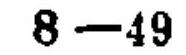
\(8 - 49\)